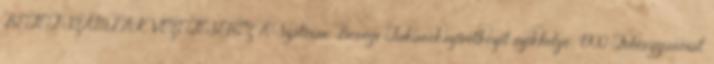
BETÉT SZÁMLÁK VEZETÉSÉHEZ A Szatmár-Beregi Takarékszövetkezet székhelye: 4900 Fehérgyarmat,